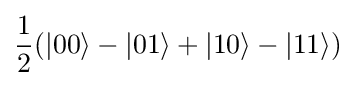
{\frac {1}{2}}(|00\rangle -|01\rangle +|10\rangle -|11\rangle )